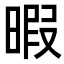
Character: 暇